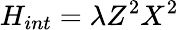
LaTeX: H_{int}=\lambda Z^{2}X^{2}